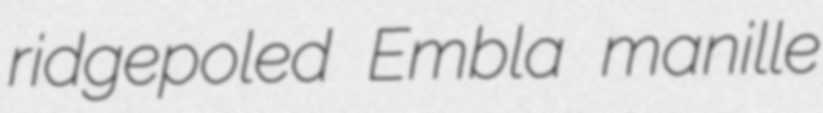
ridgepoled Embla manille